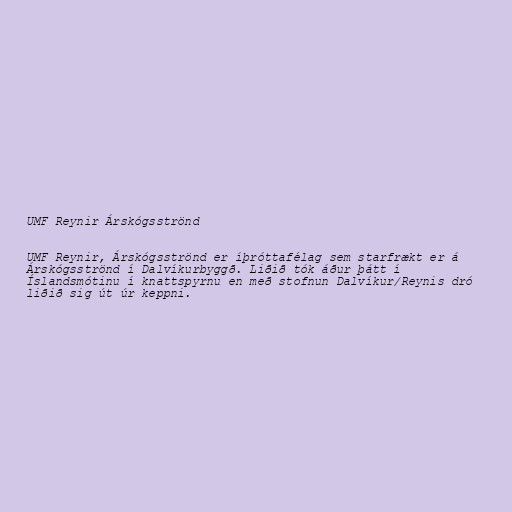
UMF Reynir Árskógsströnd

UMF Reynir, Árskógsströnd er íþróttafélag sem starfrækt er á
Árskógsströnd í Dalvíkurbyggð. Liðið tók áður þátt í
Íslandsmótinu í knattspyrnu en með stofnun Dalvíkur/Reynis dró
liðið sig út úr keppni.